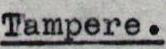
Tampere.